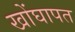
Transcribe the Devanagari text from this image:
खोंघापत